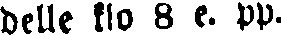
delle klo 8 e. pp.